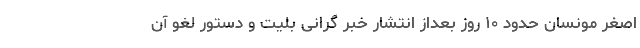
اصغر مونسان حدود ۱۰ روز بعداز انتشار خبر گرانی بلیت و دستور لغو آن